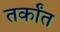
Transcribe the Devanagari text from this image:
तर्कांत